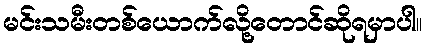
မင်းသမီးတစ်ယောက်လို့တောင်ဆိုရမှာပါ။